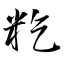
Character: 籺